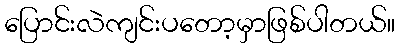
ပြောင်းလဲကျင်းပတော့မှာဖြစ်ပါတယ်။